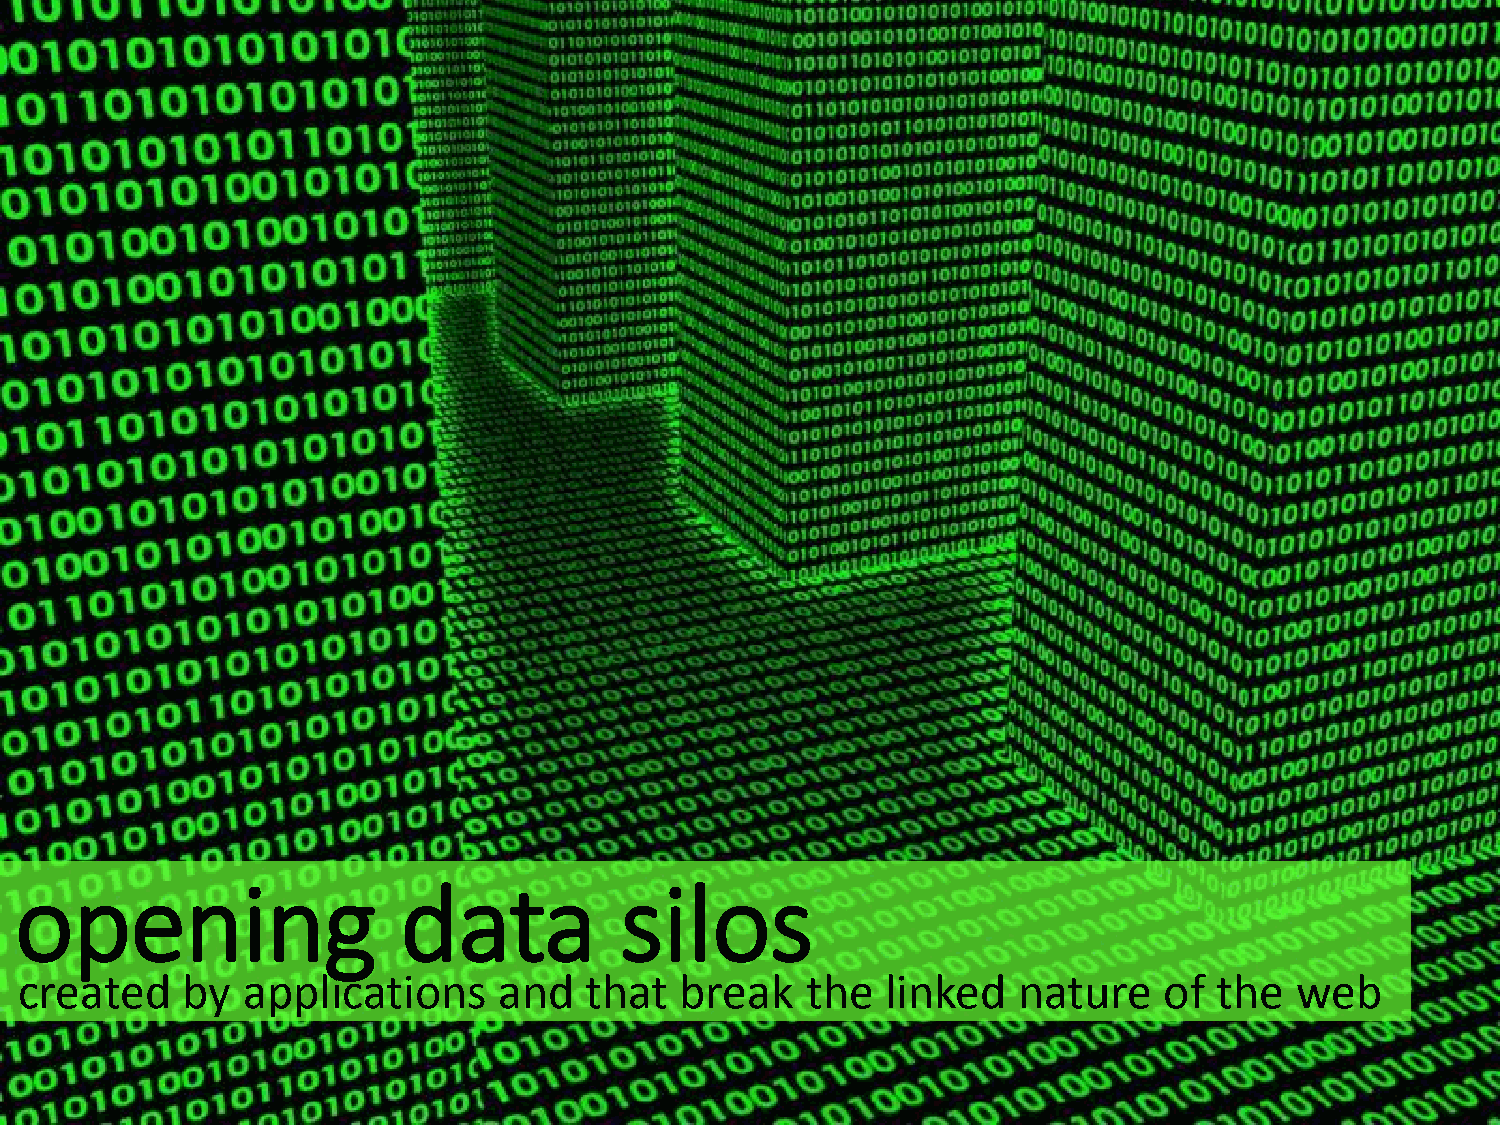
opening                  data           silos
 created    by  applications     and   that  break   the   linked  nature    of  the  web